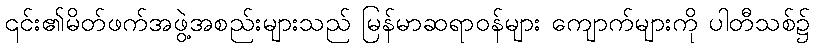
၎င်း၏မိတ်ဖက်အဖွဲ့အစည်းများသည် မြန်မာဆရာဝန်များ ကျောက်များကို ပါတီသစ်၌